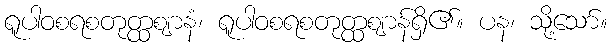
ရူပါဝစရစတုတ္ထဈာနံ၊ ရူပါဝစရစတုတ္ထဈာန်ရှိ၏။ ပန၊ သို့သော်။